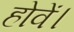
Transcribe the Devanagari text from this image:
होवें।